NASA-UAP-D2, Apollo 17 Transcript, 1972
Agency: NASA
Incident date: 1972
Incident location: Moon
Page 6
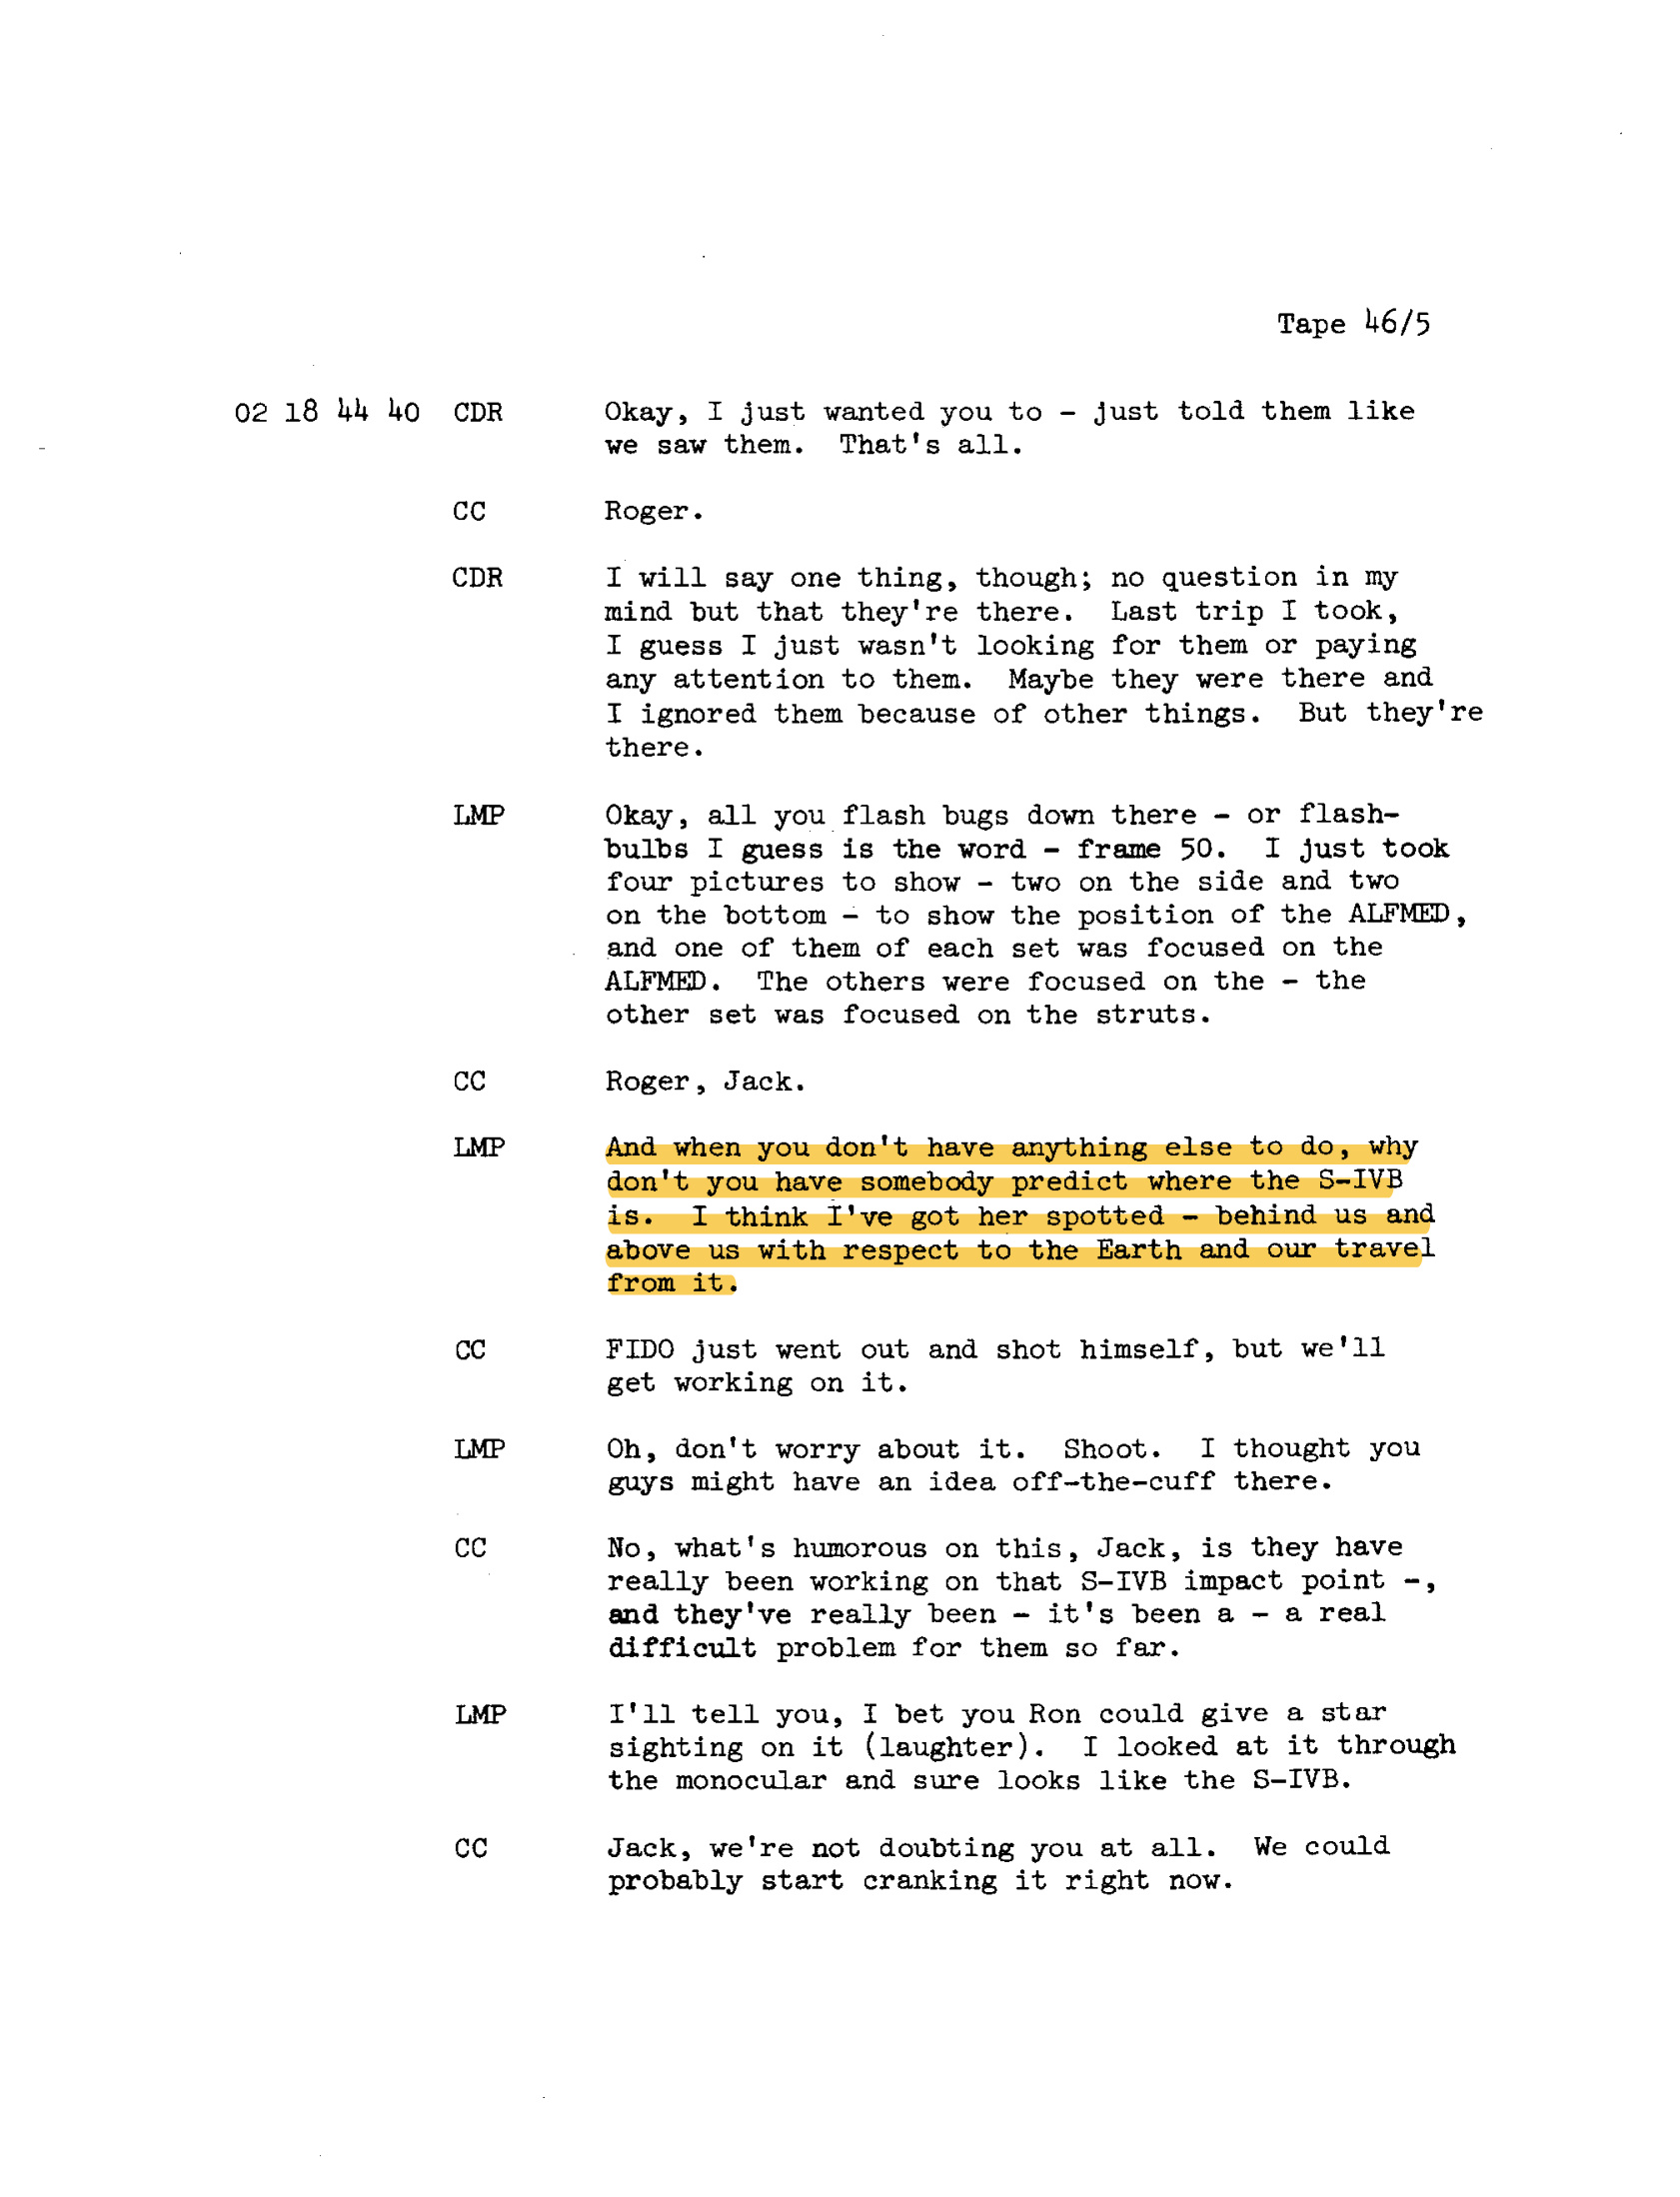